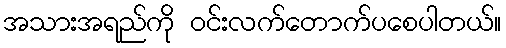
အသားအရည်ကို ဝင်းလက်တောက်ပစေပါတယ်။